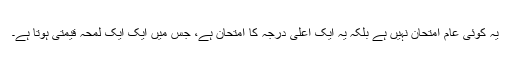
یہ کوئی عام امتحان نہیں ہے بلکہ یہ ایک اعلیٰ درجہ کا امتحان ہے، جس میں ایک ایک لمحہ قیمتی ہوتا ہے۔